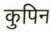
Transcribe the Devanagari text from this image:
कुपिन